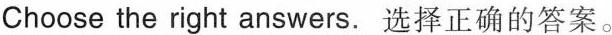
Choose the right answers. 选择正确的答案。